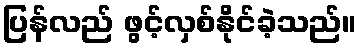
ပြန်လည် ဖွင့်လှစ်နိုင်ခဲ့သည်။